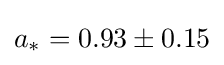
a_{*}=0.93\pm 0.15